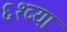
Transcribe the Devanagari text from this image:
६१व्या